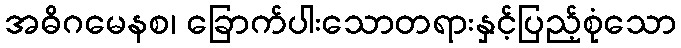
အဓိဂမေနစ၊ ခြောက်ပါးသောတရားနှင့်ပြည့်စုံသော